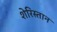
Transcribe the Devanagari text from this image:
शेरिस्तान